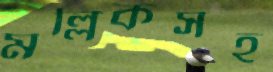
মল্লিকসহ